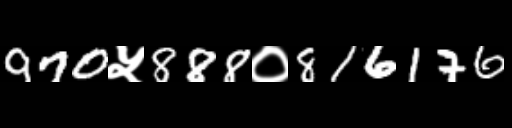
Text: 970५888०816176